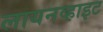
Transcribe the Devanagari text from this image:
लायनव्हाइट